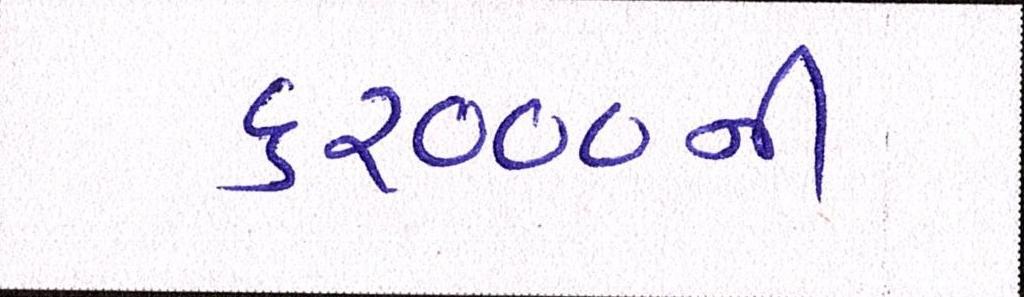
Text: ૬૨૦૦૦ની